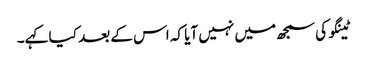
ٹینگو کی سمجھ میں نہیں آیا کہ اس کے بعد کیا کہے۔